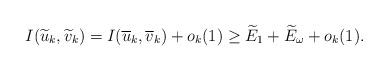
LaTeX: \begin{align*}I(\widetilde{u}_{k},\widetilde{v}_{k})=I(\overline{u}_{k},\overline{v}_{k})+o_{k}(1)\geq \widetilde{E}_{1}+\widetilde{E}_{\omega}+o_{k}(1).\end{align*}